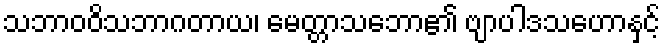
သဘာဝဝိသဘာဂတာယ၊ မေတ္တာသဘော၏ ဗျာပါဒသဟောနှင့်